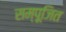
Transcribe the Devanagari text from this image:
सम्पूजित